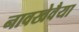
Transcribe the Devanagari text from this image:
नावखेवैया